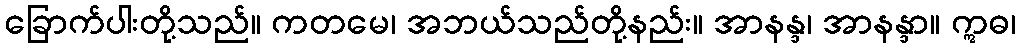
ခြောက်ပါးတို့သည်။ ကတမေ၊ အဘယ်သည်တို့နည်း။ အာနန္ဒ၊ အာနန္ဒာ။ ဣဓ၊